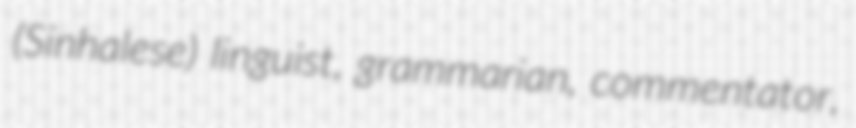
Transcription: (Sinhalese) linguist, grammarian, commentator,